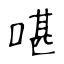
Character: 啿